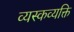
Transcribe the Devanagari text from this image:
व्यस्कव्यक्ति